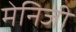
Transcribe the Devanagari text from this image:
मेनिजी